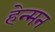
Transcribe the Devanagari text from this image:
हेन्मन